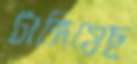
টাঙ্গিয়েছ